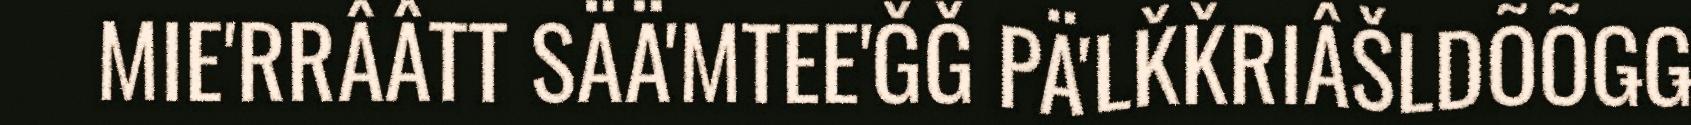
MIE'RRÂÂTT SÄÄ'MTEE'ǦǦ PÄ'LǨǨRIÂŠLDÕÕǤǤ